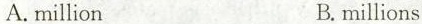
A.million B.millions